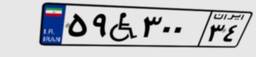
۵۹W۳۰۰۳۴